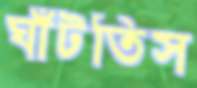
ঘাঁটতিস